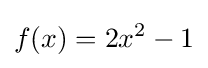
f(x)=2x^{2}-1